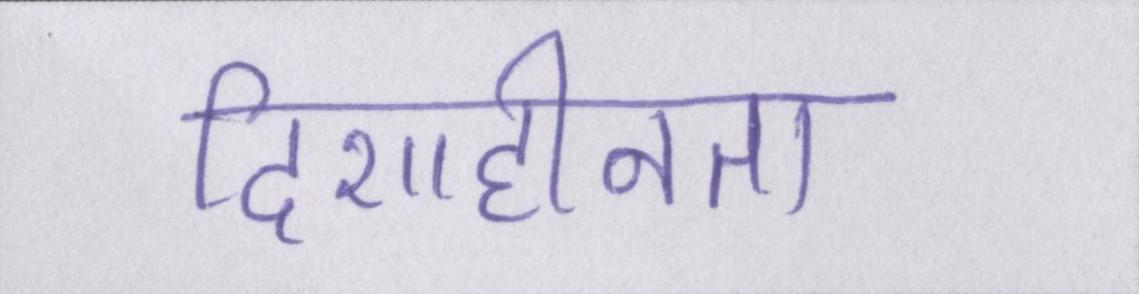
दिशाहीनता